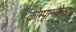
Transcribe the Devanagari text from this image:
कोम्पाग्नोस